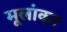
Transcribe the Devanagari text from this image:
मूलांकर